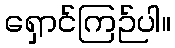
ရှောင်ကြဉ်ပါ။